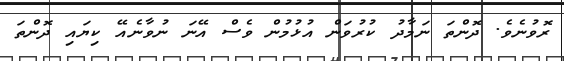
ރޮވުނެވެ. ދޮންތަ ނަމާދު ކުރުވަން އުޅުމުން ވެސް އޭނަ ނުވާނެއޭ ކިޔައި ދޮންތަ